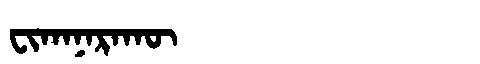
Manchu: ᠸᡳᡴᠠᠨᠠᡵᠠᡴᡡ
Romanization: FIKANARAKŪ